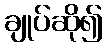
ချုပ်ဆို၍